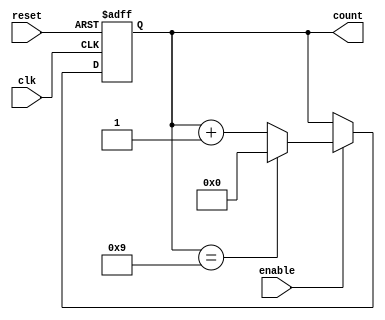
module bcd_up_counter_enable (
    input wire clk,
    input wire reset,
    input wire enable,
    output reg [3:0] count
);

always @(posedge clk or posedge reset) begin
    if (reset) begin
        count <= 4'b0000;
    end
    else if (enable) begin
        if (count == 4'b1001) begin
            count <= 4'b0000;
        end
        else begin
            count <= count + 1;
        end
    end
end

endmodule